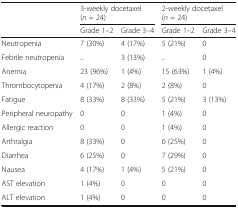
<table><thead><tr><td rowspan="2"></td><td colspan="2"><b>3-weekly docetaxel (<i>n</i> = 24)</b></td><td colspan="2"><b>2-weekly docetaxel (<i>n</i> = 24)</b></td></tr><tr><td><b>Grade 1–2</b></td><td><b>Grade 3–4</b></td><td><b>Grade 1–2</b></td><td><b>Grade 3–4</b></td></tr></thead><tbody><tr><td>Neutropenia</td><td>7 (30%)</td><td>4 (17%)</td><td>5 (21%)</td><td>0</td></tr><tr><td>Febrile neutropenia</td><td>..</td><td>3 (13%)</td><td>..</td><td>0</td></tr><tr><td>Anemia</td><td>23 (96%)</td><td>1 (4%)</td><td>15 (63%)</td><td>1 (4%)</td></tr><tr><td>Thrombocytopenia</td><td>4 (17%)</td><td>2 (8%)</td><td>2 (8%)</td><td>0</td></tr><tr><td>Fatigue</td><td>8 (33%)</td><td>8 (33%)</td><td>5 (21%)</td><td>3 (13%)</td></tr><tr><td>Peripheral neuropathy</td><td>0</td><td>0</td><td>1 (4%)</td><td>0</td></tr><tr><td>Allergic reaction</td><td>0</td><td>0</td><td>1 (4%)</td><td>0</td></tr><tr><td>Arthralgia</td><td>8 (33%)</td><td>0</td><td>6 (25%)</td><td>0</td></tr><tr><td>Diarrhea</td><td>6 (25%)</td><td>0</td><td>7 (29%)</td><td>0</td></tr><tr><td>Nausea</td><td>4 (17%)</td><td>1 (4%)</td><td>5 (21%)</td><td>0</td></tr><tr><td>AST elevation</td><td>1 (4%)</td><td>0</td><td>0</td><td>0</td></tr><tr><td>ALT elevation</td><td>1 (4%)</td><td>0</td><td>0</td><td>0</td></tr></tbody></table>